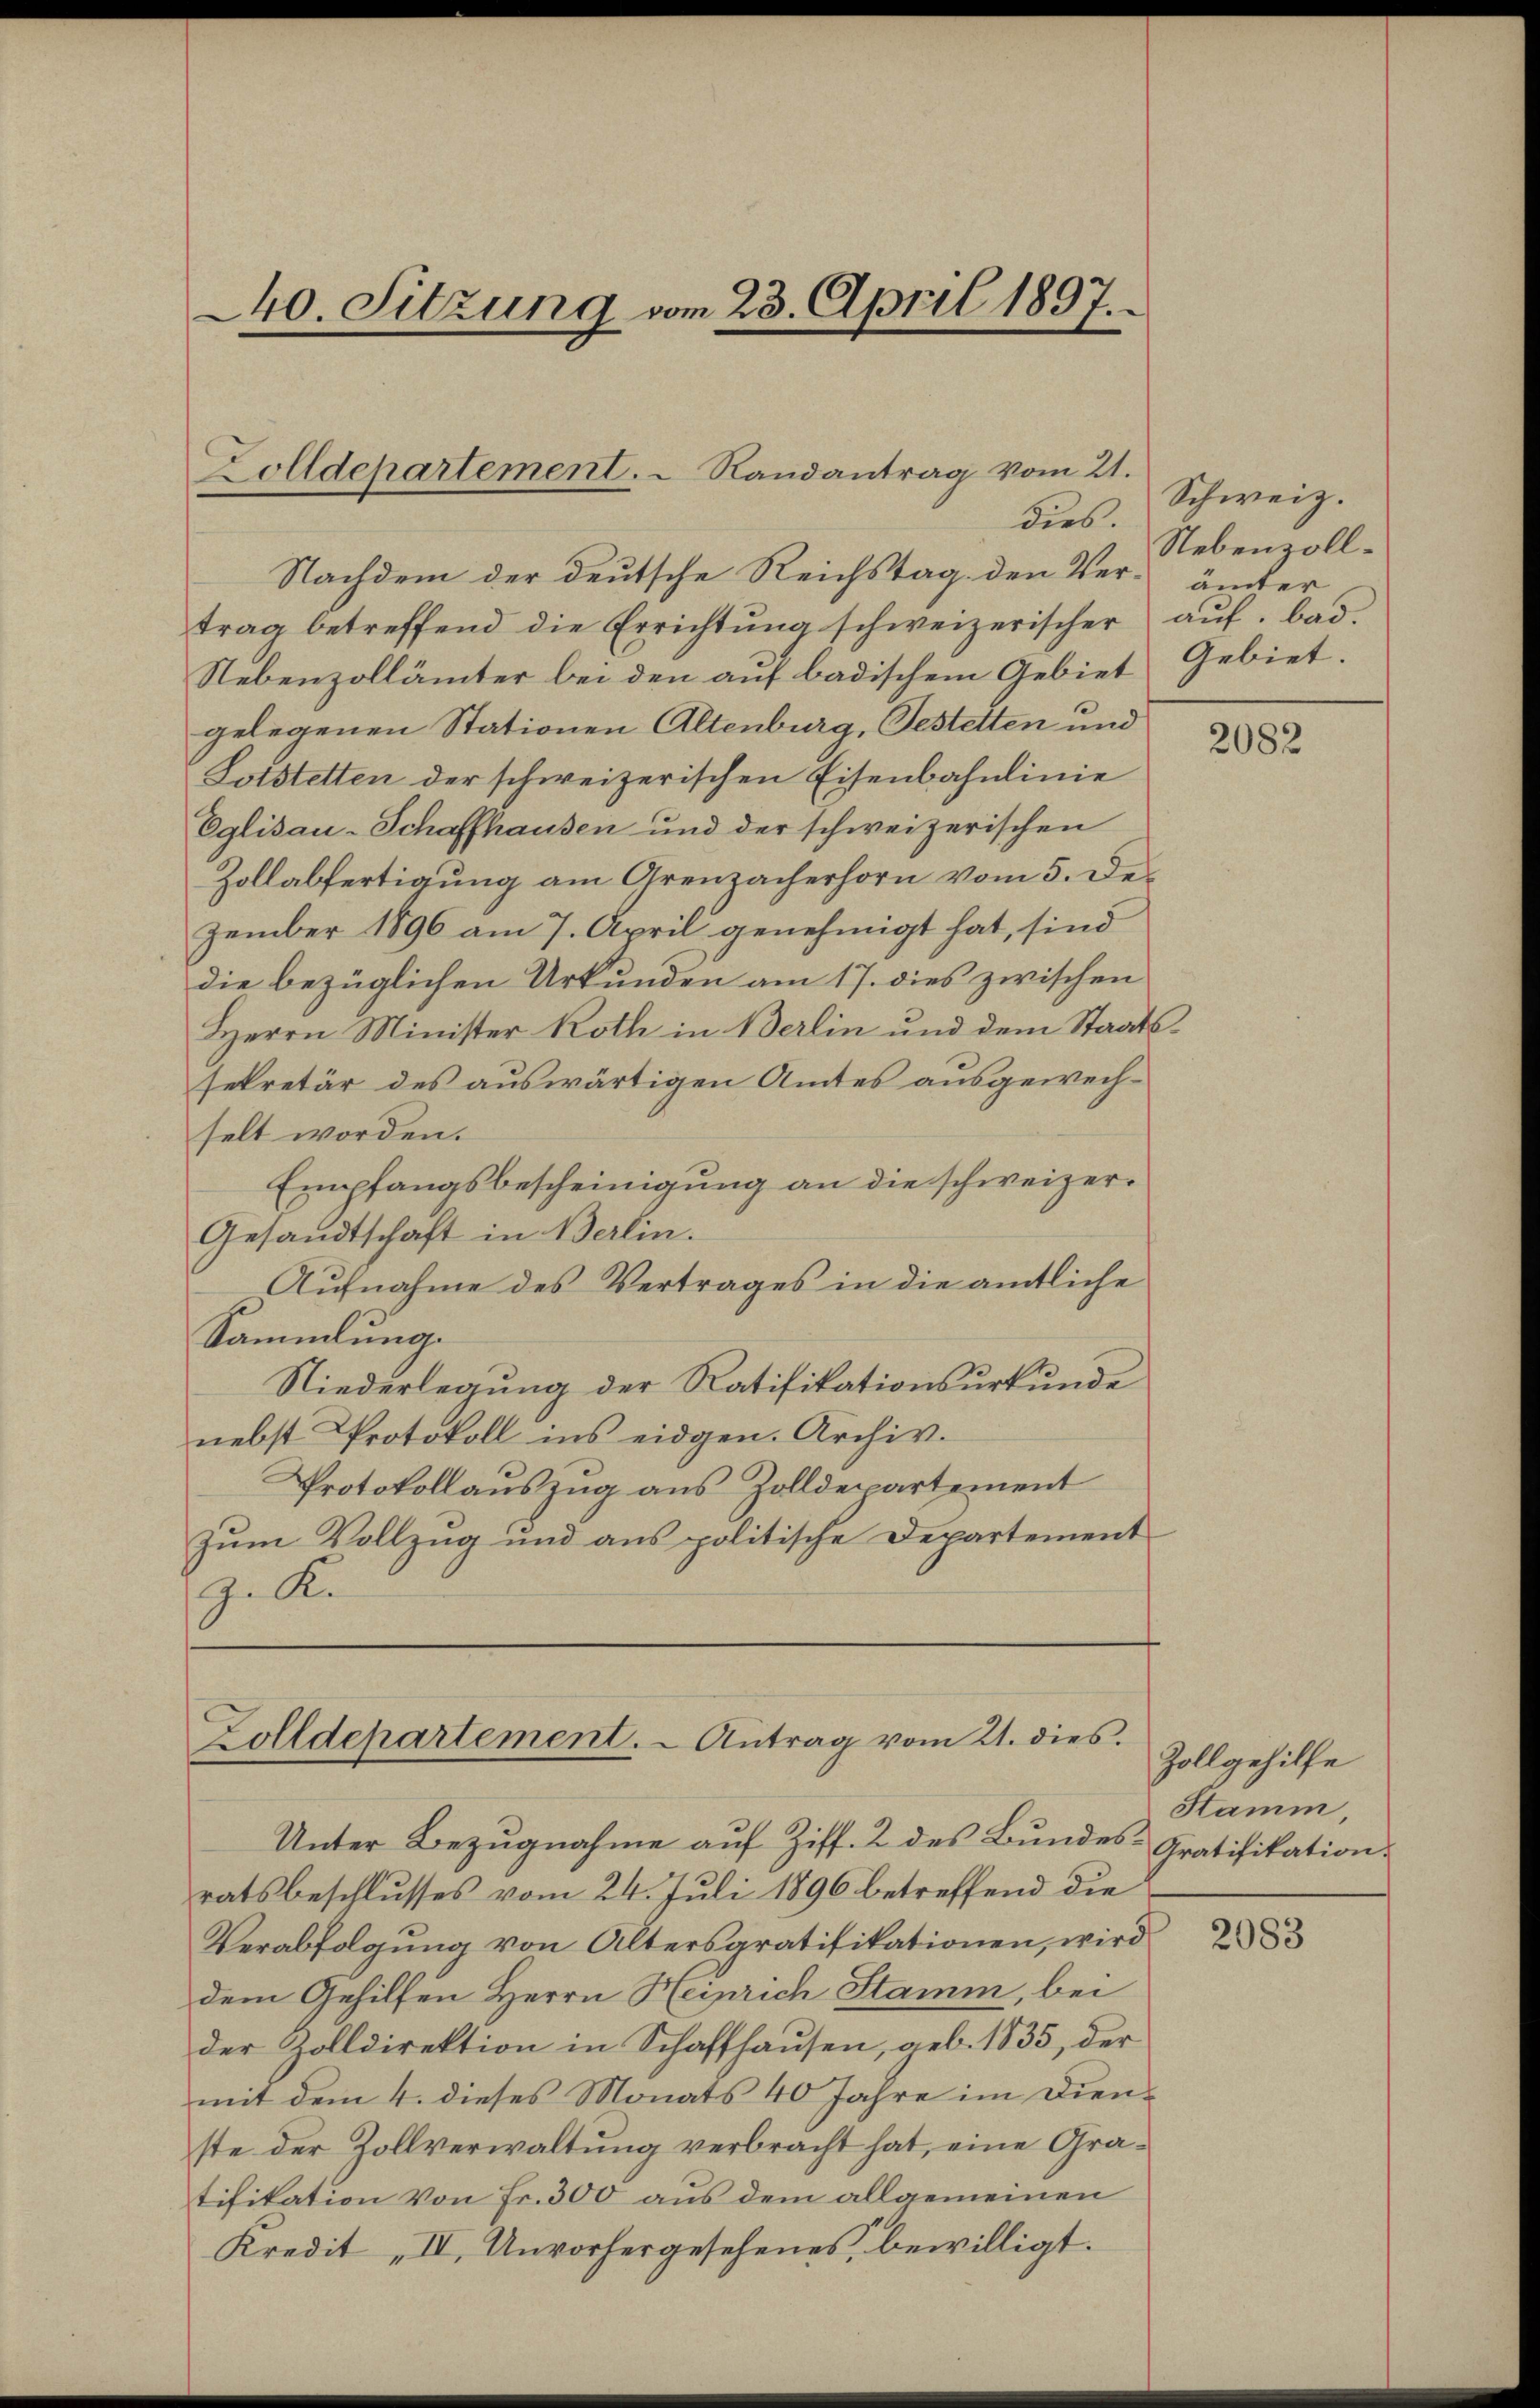
40. Sitzung vom 23. April 1897.

Zolldepartement. - Randantrag vom 21.
ders.

Nachdem der deutsche Reichstag den Ver¬ ämter
trag betreffend die Errichtŭng schweizerischer aŭf bad.
Nebenzollämter bei den auf badischem Gebiet Gebiet
gelegenen Stationen Altenburg, Gestetten und
Lotstetten der schweizerischen Eisenbahnlinie
Eglisau-Schaffhausen und der schweizerischen
Zollabfertigung am Grenzacherhorn vom 5. Dezember 1896 am 7. April genehmigt hat, sind
die bezüglichen Urkunden am 17. dies zwischen
Herrn Minister Roth in Berlin und dem Staatssekretär des auswärtigen Amtes ausgewechselt worden.
Empfangsbescheinigung an die schweizer¬
Gesandtschaft in Berlin.
Aufnahme des Vertrages in die amtliche
Sammlung.
Niederlegung der Ratifikationsurkunde
nebst Protokoll ins eidgen. Archiv.
Protokollauszug aus Zolldepartement
zŭm Vollzug und ans politische Departement
9. K.

Zolldepartement. - Antrag vom 21. dies

Unter Bezugnahme auf Ziff. 2 des Bundes- Gratifikation.
ratsbeschlusses vom 24. Juli 1896 betreffend die
Verabfolgung von Altersgratifikationen, wird
dem Gehilfen Herrn Heinrich Stamm, bei
der Zolldirektion in Schaffhausen, geb. 1835, der
mit dem 4. dieses Monats 40 Jahre im Dienste der Zollverwaltung verbracht hat, eine Gratifikation von Fr. 300 aus dem allgemeinen
Kredit „II. Unvorhergesehenes, bewilligt.

Schweiz.
Nebenzoll¬

2082

Zollgehilfe
Stamm

2083